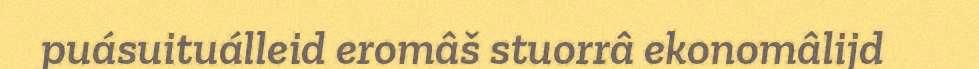
puásuituálleid eromâš stuorrâ ekonomâlijd